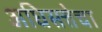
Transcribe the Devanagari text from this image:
अधिसत्तेचा